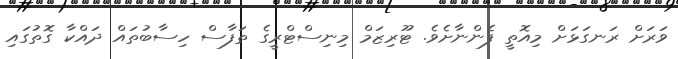
ވަރަށް ރަނގަޅަށް މިއޮތީ ފެންނާށެވެ. ޓޫރިޒަމް މިނިސްޓްރީގެ ތަފާސް ހިސާބުތައް ދައްކާ ގޮތުގައި